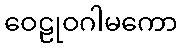
ဝေဠုဝဂါမကော